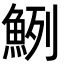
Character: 𩶽